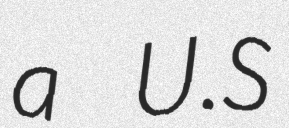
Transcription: a U.S